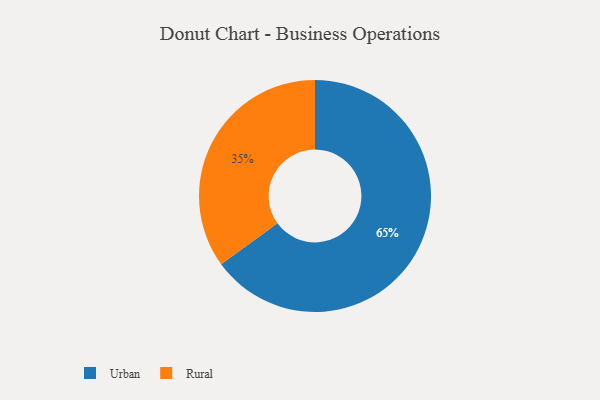
{"axis": {"x": "Category", "y": "Percentage"}, "legend": ["Rural", "Urban"], "data": [{"x": "Urban", "y": 65, "type": "Urban"}, {"x": "Rural", "y": 35, "type": "Rural"}]}